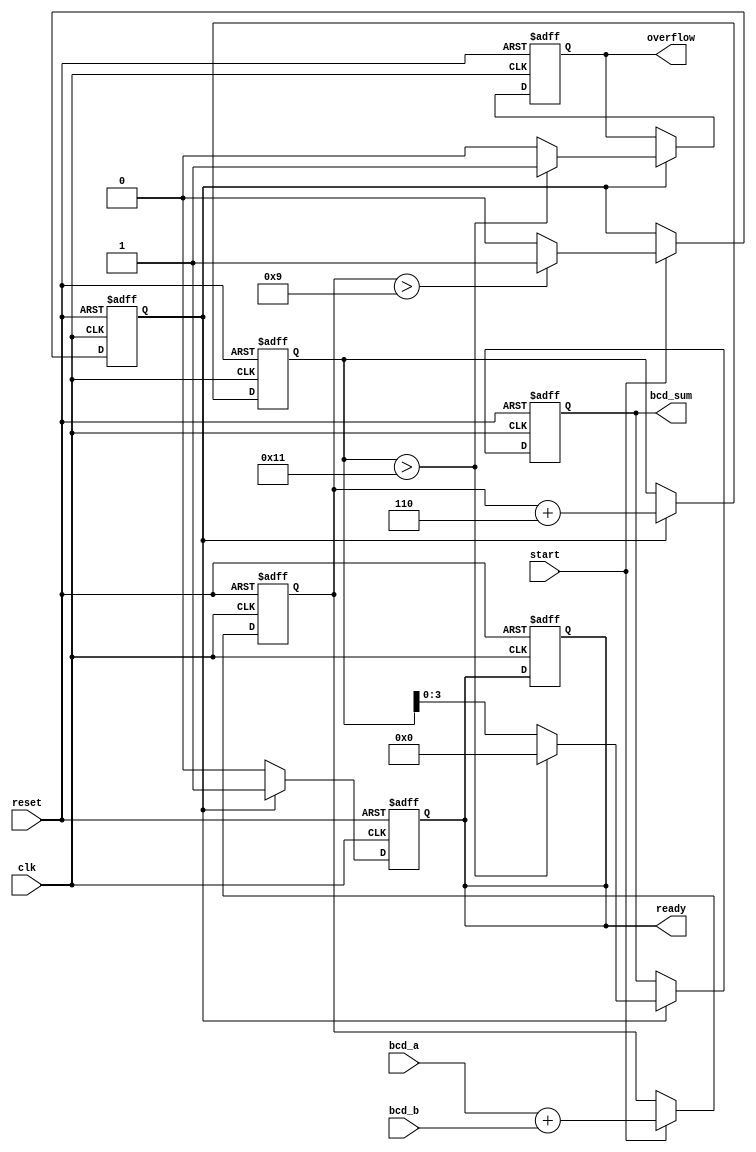
module BCD_Pipelined_Adder (
    input wire clk,
    input wire reset,
    input wire start,
    input wire [3:0] bcd_a, // First BCD input
    input wire [3:0] bcd_b, // Second BCD input
    output reg [3:0] bcd_sum, // Resultant BCD output
    output reg overflow, // Overflow Signal
    output reg ready // Ready Signal
);

    reg [4:0] sum_stage1 [0:1]; // Intermediate sums (5 bits)
    reg [4:0] sum_stage2; // Stage 2 result
    reg carry_stage1; // Carry from stage 1
    reg carry_stage2; // Carry from stage 2
    reg valid_stage1; // Valid output flag for stage 1

    // Stage 1: Initial Addition
    always @(posedge clk or posedge reset) begin
        if (reset) begin
            sum_stage1[0] <= 5'b0;
            sum_stage1[1] <= 5'b0;
            carry_stage1 <= 1'b0;
            valid_stage1 <= 1'b0;
            ready <= 1'b0;
        end else if (start) begin
            {carry_stage1, sum_stage1[0]} <= bcd_a + bcd_b; // Add BCD digits

            // Check if correction is needed
            if (sum_stage1[0] > 5'b01001) begin // If greater than 9 (1001)
                valid_stage1 <= 1'b1; // Mark the output as valid for correction
            end else begin
                valid_stage1 <= 1'b0; // No correction needed
            end
        end
    end

    // Stage 2: BCD Correction
    always @(posedge clk or posedge reset) begin
        if (reset) begin
            sum_stage2 <= 5'b0;
            carry_stage2 <= 1'b0;
            bcd_sum <= 4'b0;
            overflow <= 1'b0;
            ready <= 1'b0;
        end else if (valid_stage1) begin
            sum_stage2 <= sum_stage1[0] + 5'b00110; // Add 6 for correction
            
            // Check for overflow
            if (sum_stage2 > 5'b10001) begin // If the result exceeds 9
                overflow <= 1'b1; // Set overflow flag
                bcd_sum <= 4'b0; // Reset BCD sum in case of overflow, may indicate an error
            end else begin
                overflow <= 1'b0; // No overflow
                bcd_sum <= sum_stage2[3:0]; // Capture lower 4 bits as BCD result
            end

            ready <= 1'b1; // Indicate that the result is ready
        end else begin
            ready <= 1'b0; // Not ready to output
        end
    end
    
endmodule